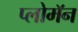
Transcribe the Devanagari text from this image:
प्लोमॅन